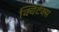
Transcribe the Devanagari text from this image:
क्विंटेक्स